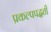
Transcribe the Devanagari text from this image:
प्रकल्पपद्धती